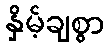
နှိမ့်ချစွာ